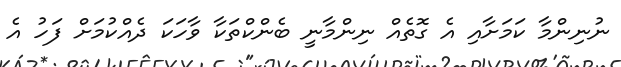
ނުނިންމާ ކަމަށާއި އެ ގޮތެއް ނިންމާނީ ބެންކްތަކާ ވާހަކަ ދެއްކުމަށް ފަހު އެ